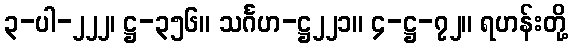
၃-ပါ-၂၂၂၊ ဋ္ဌ-၃၅၆။ သင်္ဂဟ-ဋ္ဌ၂၂၁။ ၄-ဋ္ဌ-၇၂။ ရဟန်းတို့